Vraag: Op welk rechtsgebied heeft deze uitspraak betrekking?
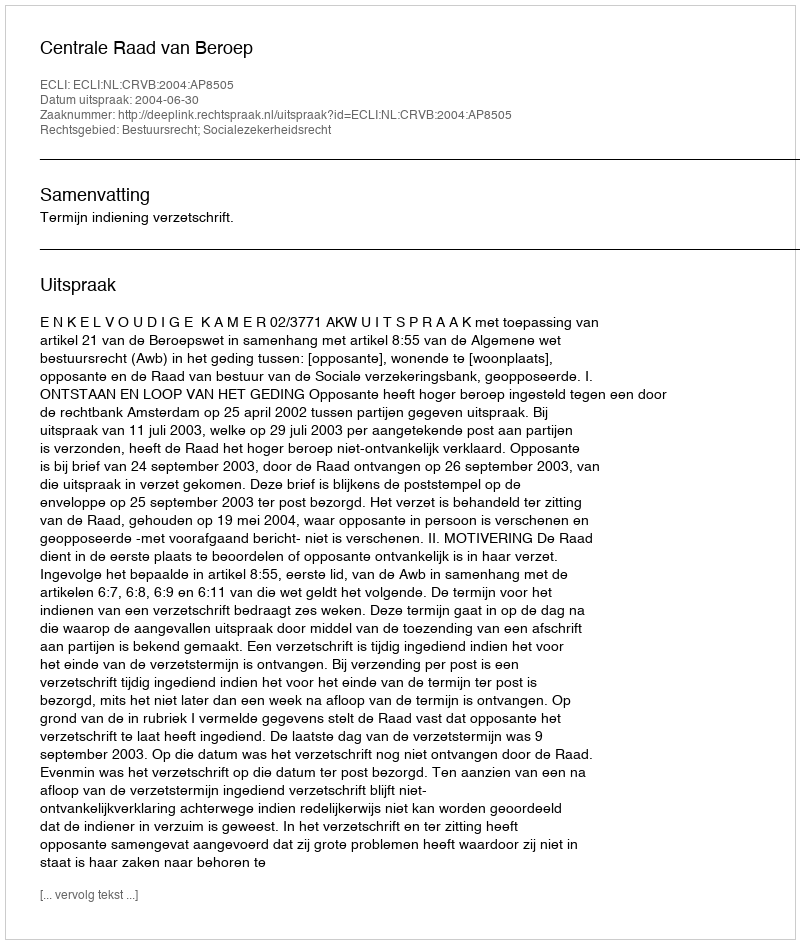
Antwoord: Bestuursrecht; Socialezekerheidsrecht